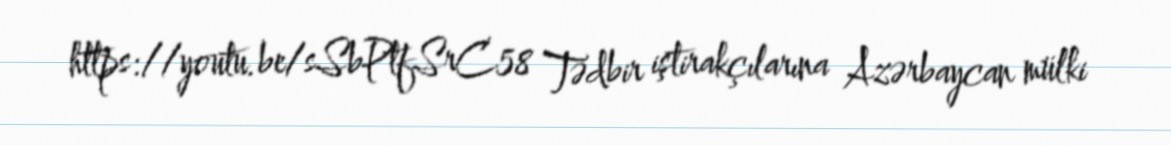
https://youtu.be/sSbPtfSrC58 Tədbir iştirakçılarına Azərbaycan mülki